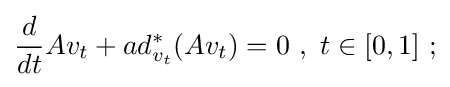
{\frac {d}{dt}}Av_{t}+ad_{v_{t}}^{*}(Av_{t})=0\ ,\ t\in [0,1]\ ;